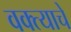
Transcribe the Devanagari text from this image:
वक्त्याचे